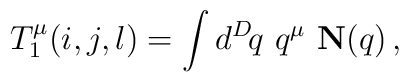
T_1^\mu (i,j,l) = \int d^D\! q\,\, q^\mu \,\, {\bf N}(q)\,,